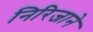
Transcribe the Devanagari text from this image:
निरिजाने